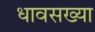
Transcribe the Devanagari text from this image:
धावसख्या